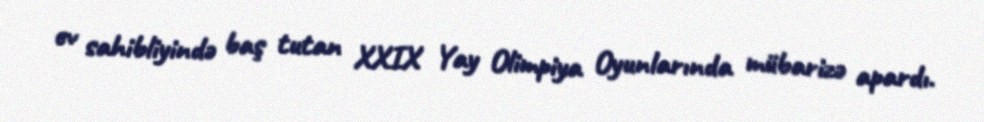
ev sahibliyində baş tutan XXIX Yay Olimpiya Oyunlarında mübarizə apardı.